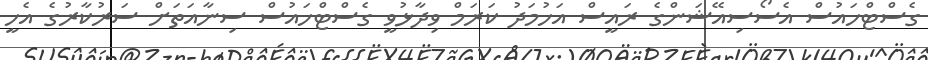
ގެސްޓްހައުސް އެސޯސިއޭޝަންގެ ރައީސް އަހުމަދު ކަރަމް ވިދާޅުވީ ގެސްޓްހައުސް ސިނާއަތަށް ސަރުކާރުގެ އެހީ